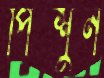
পিশুন